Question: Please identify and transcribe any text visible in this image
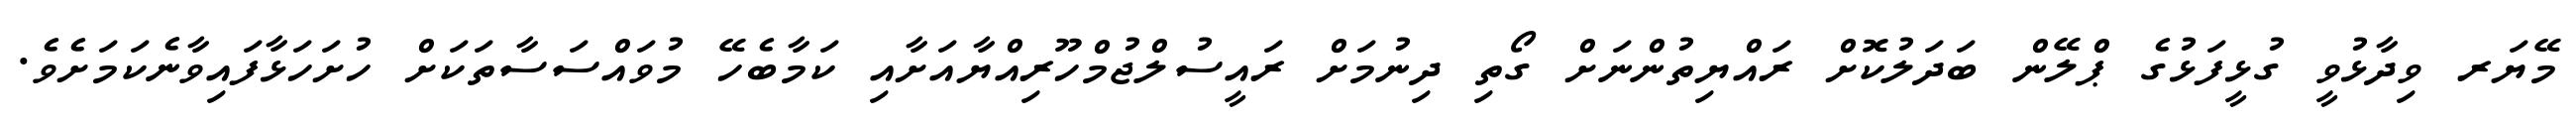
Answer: މޭޔަރ ވިދާޅުވީ ގުޅީފަޅުގެ ޕްލޭން ބަދަލުކޮށް ރައްޔިތުންނަށް ގޯތި ދިނުމަށް ރައީސުލްޖުމްހޫރިއްޔާއަށާއި ކަމާބެހޭ މުވައްސަސާތަކަށް ހުށަހަޅާފައިވާނެކަމަށެވެ.